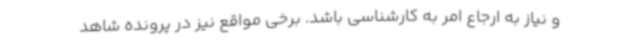
و نیاز به ارجاع امر به کارشناسی باشد. برخی مواقع نیز در پرونده شاهد